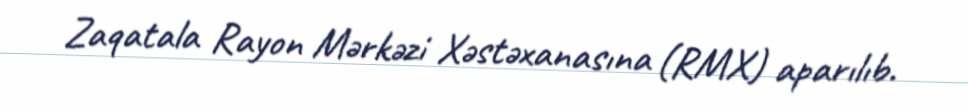
Zaqatala Rayon Mərkəzi Xəstəxanasına (RMX) aparılıb.